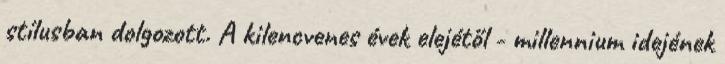
stílusban dolgozott. A kilencvenes évek elejétől - millennium idejének